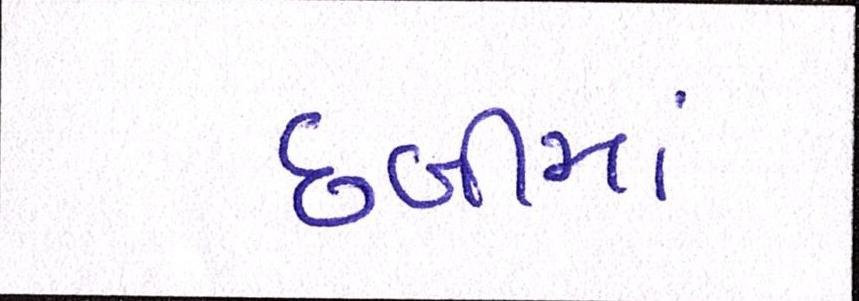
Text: છબીમાં